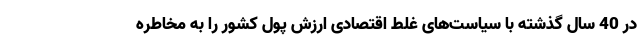
در 40 سال گذشته با سیاست‌های غلط اقتصادی ارزش پول کشور را به مخاطره